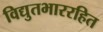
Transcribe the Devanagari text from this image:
विद्युतभाररहित